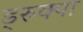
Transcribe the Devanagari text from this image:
ड्रुक्पा